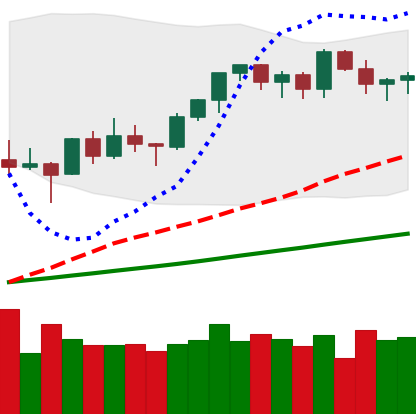
Ticker: ETH-USD
Chart end date: 2021-03-17
Forward return: -7.245%
Label: down_7plus